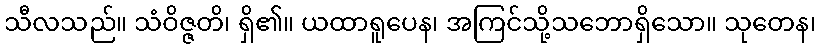
သီလသည်။ သံဝိဇ္ဇတိ၊ ရှိ၏။ ယထာရူပေန၊ အကြင်သို့သဘောရှိသော။ သုတေန၊